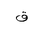
Letter: _qaf